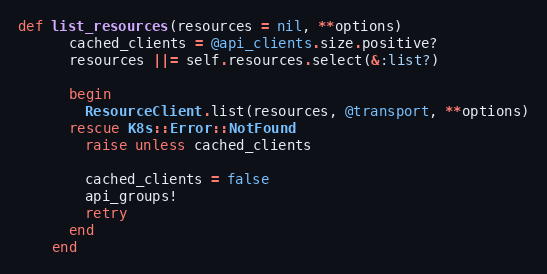
Language: Ruby
def list_resources(resources = nil, **options)
      cached_clients = @api_clients.size.positive?
      resources ||= self.resources.select(&:list?)

      begin
        ResourceClient.list(resources, @transport, **options)
      rescue K8s::Error::NotFound
        raise unless cached_clients

        cached_clients = false
        api_groups!
        retry
      end
    end